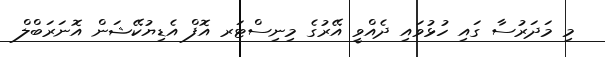
މި މަދަރުސާ ގައި ހުޅުވައި ދެއްވީ އޭރުގެ މިނިސްޓަރ އޮފް އެޑިޔުކޭޝަން އޮނަރަބްލް